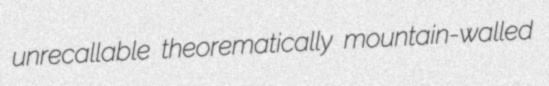
unrecallable theorematically mountain-walled